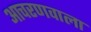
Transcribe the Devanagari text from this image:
आचरणवाला